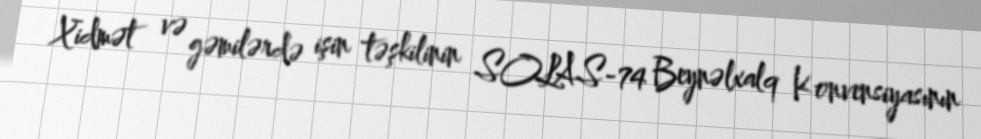
Xidmət və gəmilərdə işin təşkilinin SOLAS-74 Beynəlxalq Konvensiyasının